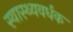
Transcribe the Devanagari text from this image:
स्‍वास्‍थ्‍यवर्धक